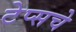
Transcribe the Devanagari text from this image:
टेप्सचे